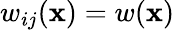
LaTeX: w_{ij}(\mathbf{x})=w(\mathbf{x})